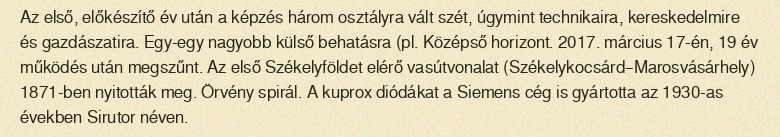
Az első, előkészítő év után a képzés három osztályra vált szét, úgymint technikaira, kereskedelmire és gazdászatira. Egy-egy nagyobb külső behatásra (pl. Középső horizont. 2017. március 17-én, 19 év működés után megszűnt. Az első Székelyföldet elérő vasútvonalat (Székelykocsárd–Marosvásárhely) 1871-ben nyitották meg. Örvény spirál. A kuprox diódákat a Siemens cég is gyártotta az 1930-as években Sirutor néven.